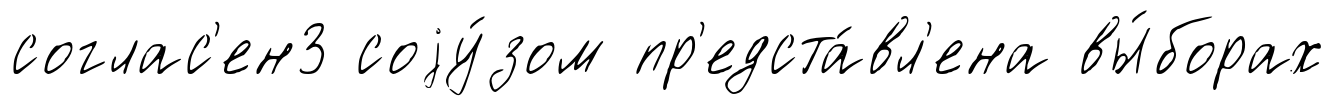
соглас'ен3 соjу́зом пр'едста́вл'ена вы́борах